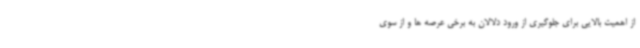
از اهمیت بالایی برای جلوگیری از ورود دلالان به برخی عرصه ها و از سوی